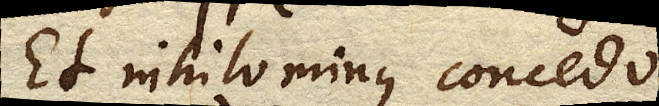
Et nihilominus concedo